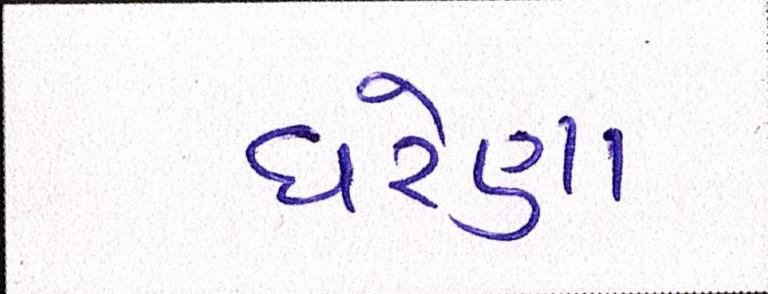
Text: ઘરેણા